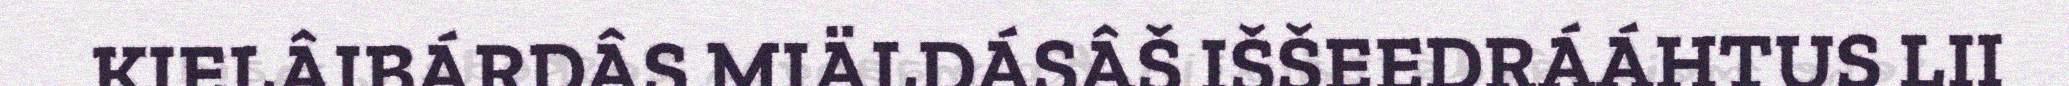
KIELÂIBÁRDÂS MIÄLDÁSÂŠ IŠŠEEDRÁÁHTUS LII